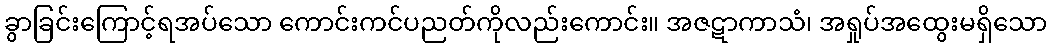
ခွာခြင်းကြောင့်ရအပ်သော ကောင်းကင်ပညတ်ကိုလည်းကောင်း။ အဇဋာကာသံ၊ အရှုပ်အထွေးမရှိသော